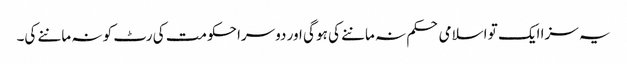
یہ سزا ایک تو اسلامی حکم نہ ماننے کی ہو گی اور دوسرا حکومت کی رٹ کو نہ ماننے کی۔